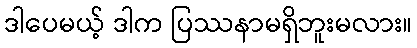
ဒါပေမယ့် ဒါက ပြဿနာမရှိဘူးမလား။